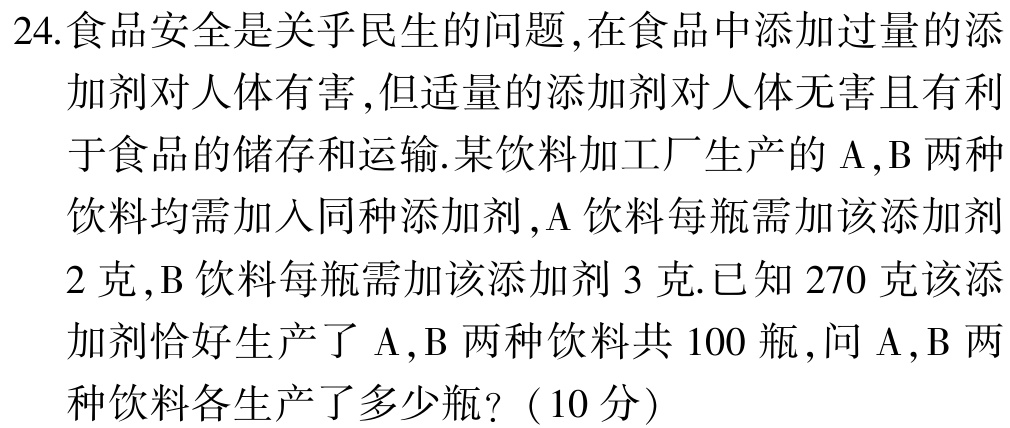
24.食品安全是关乎民生的问题,在食品中添加过量的添加剂对人体有害,但适量的添加剂对人体无害且有利于食品的储存和运输.某饮料加工厂生产的$\mathrm{A},\mathrm{B}$两种饮料均需加入同种添加剂,$\mathrm{A}$饮料每瓶需加该添加剂$2$克,$\mathrm{B}$饮料每瓶需加该添加剂$3$克.已知$270$克该添加剂恰好生产了$\mathrm{A},\mathrm{B}$两种饮料共$100$瓶,问$\mathrm{A},\mathrm{B}$两种饮料各生产了多少瓶?（$10$分）